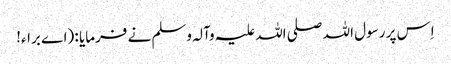
اِس پر رسول اللہ صلی اللہ علیہ وآلہ وسلم نے فرمایا : (اے براء!